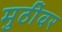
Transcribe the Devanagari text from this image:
मुठींवर